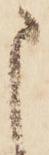
申